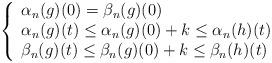
LaTeX: \begin{align*}\left\{\begin{array}{ll}\alpha_{n}(g)(0)=\beta_{n}(g)(0) \\\alpha_{n}(g)(t)\leq\alpha_{n}(g)(0)+k\leq \alpha_n(h)(t)\\\beta_n(g)(t)\leq \beta_n(g)(0)+k\leq\beta_n(h)(t) \end{array}\right.\end{align*}